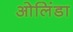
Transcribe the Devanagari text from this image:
ओलिंडा